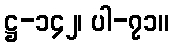
ဋ္ဌ-၁၄၂၊ ပါ-၇၁။